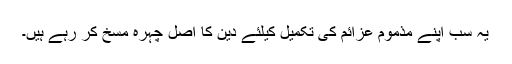
یہ سب اپنے مذموم عزائم کى تکمیل کیلئے دین کا اصل چہره مسخ کر رہے ہیں۔